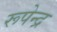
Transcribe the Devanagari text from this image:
रूपेन्द्र